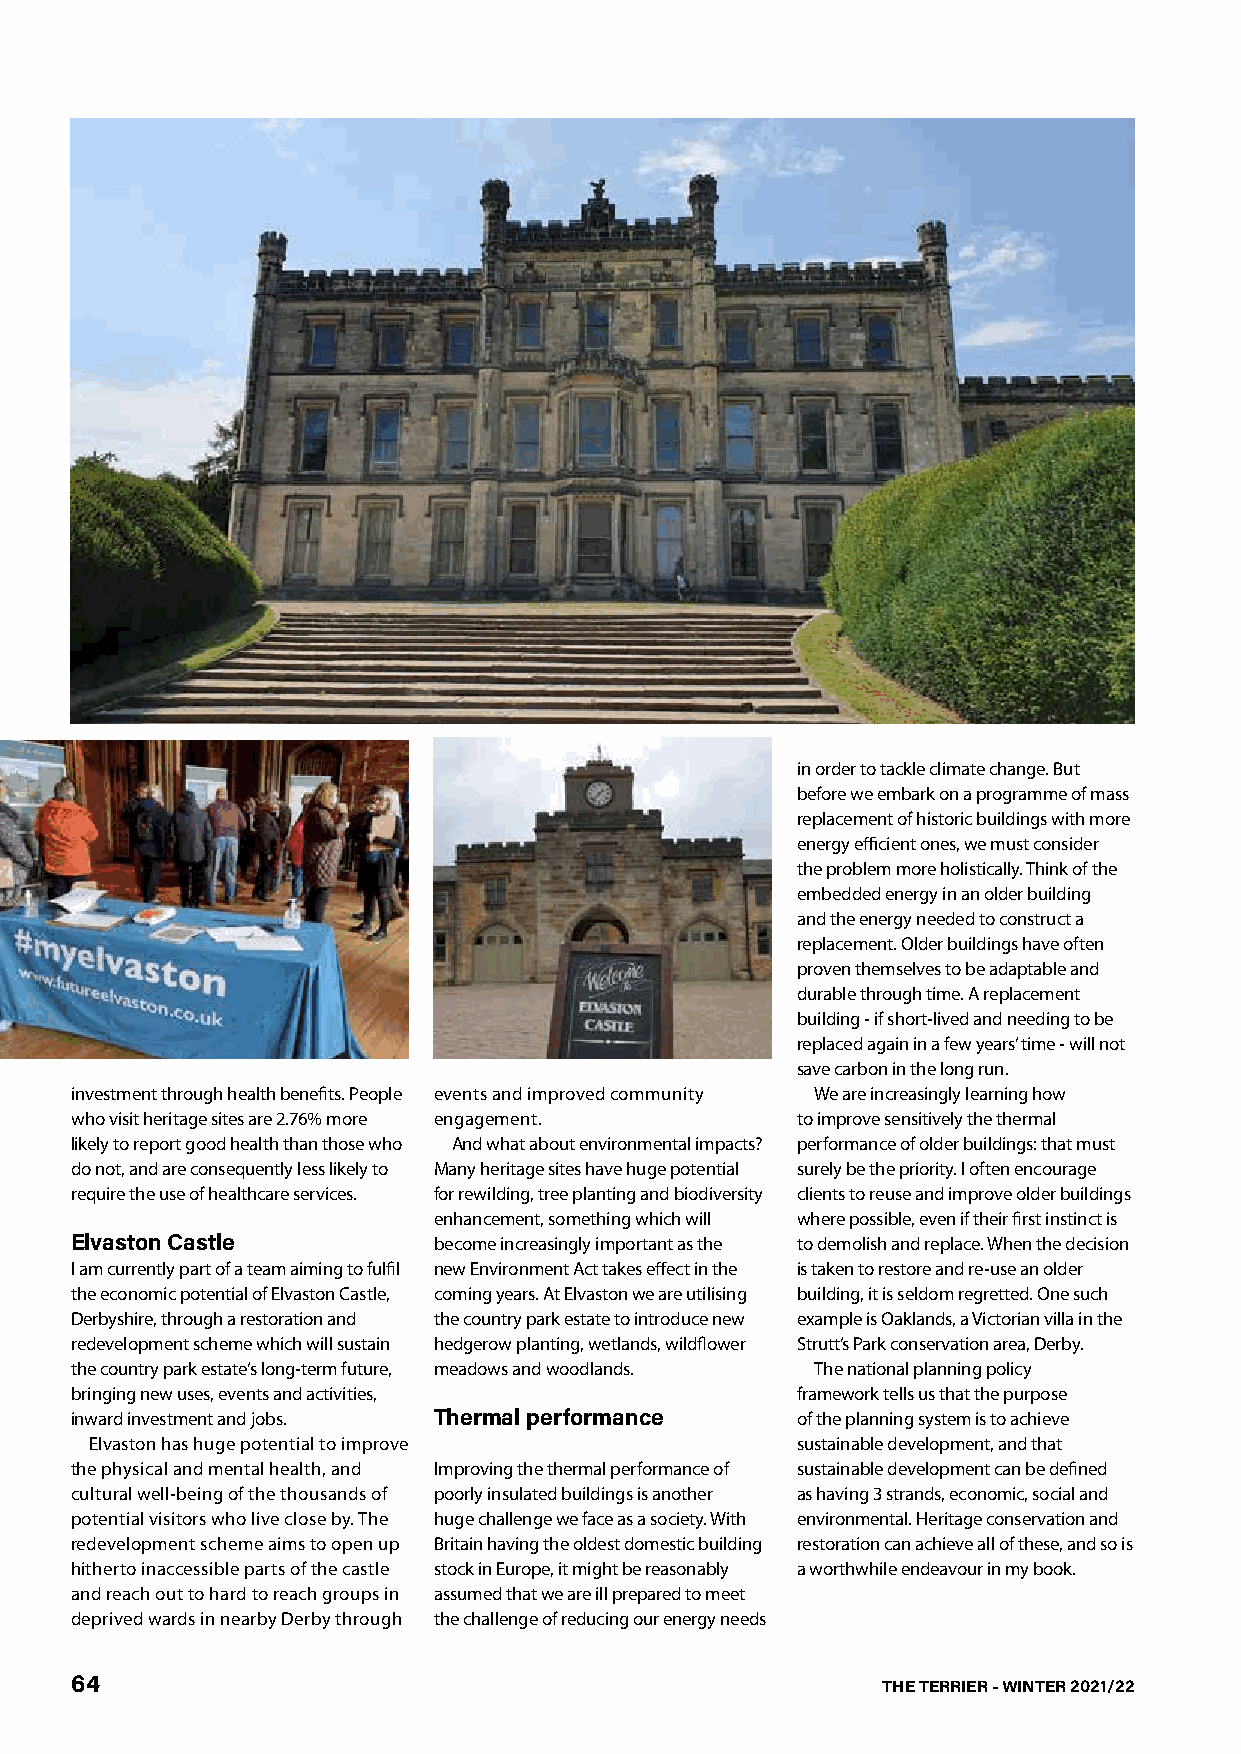
in order to tackle climate change. But
 before we embark on a programme of mass
 replacement of historic buildings with more
 energy efficient ones, we must consider
 the problem more holistically. Think of the
 embedded energy in an older building
 and the energy needed to construct a
 replacement. Older buildings have often
 proven themselves to be adaptable and
 durable through time. A replacement
 building - if short-lived and needing to be
 replaced again in a few years’ time - will not
 save carbon in the long run.
 investment through health benefits. People events and improved community We are increasingly learning how
 who visit heritage sites are 2.76% more engagement. to improve sensitively the thermal
 likely to report good health than those who And what about environmental impacts? performance of older buildings: that must
 do not, and are consequently less likely to Many heritage sites have huge potential surely be the priority. I often encourage
 require the use of healthcare services. for rewilding, tree planting and biodiversity clients to reuse and improve older buildings
 enhancement, something which will where possible, even if their first instinct is
 Elvaston Castle         become increasingly important as the to demolish and replace. When the decision
 I am currently part of a team aiming to fulfil new Environment Act takes effect in the is taken to restore and re-use an older
 the economic potential of Elvaston Castle, coming years. At Elvaston we are utilising building, it is seldom regretted. One such
 Derbyshire, through a restoration and the country park estate to introduce new example is Oaklands, a Victorian villa in the
 redevelopment scheme which will sustain hedgerow planting, wetlands, wildflower Strutt’s Park conservation area, Derby.
 the country park estate’s long-term future, meadows and woodlands. The national planning policy
 bringing new uses, events and activities,       framework tells us that the purpose
 inward investment and jobs. Thermal performance of the planning system is to achieve
 Elvaston has huge potential to improve         sustainable development, and that
 the physical and mental health, and Improving the thermal performance of sustainable development can be defined
 cultural well-being of the thousands of poorly insulated buildings is another as having 3 strands, economic, social and
 potential visitors who live close by. The huge challenge we face as a society. With environmental. Heritage conservation and
 redevelopment scheme aims to open up Britain having the oldest domestic building restoration can achieve all of these, and so is
 hitherto inaccessible parts of the castle stock in Europe, it might be reasonably a worthwhile endeavour in my book.
 and reach out to hard to reach groups in assumed that we are ill prepared to meet
 deprived wards in nearby Derby through the challenge of reducing our energy needs
 64                                                   THE TERRIER - WINTER 2021/22